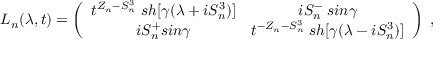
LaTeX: L _ { n } ( \lambda , t ) = \left( \begin{array} { c c } { { t ^ { Z _ { n } - S _ { n } ^ { 3 } } \; s h [ \gamma ( \lambda + i S _ { n } ^ { 3 } ) ] } } & { { i S _ { n } ^ { - } \; s i n \gamma } } \\ { { i S _ { n } ^ { + } s i n \gamma } } & { { t ^ { - Z _ { n } - S _ { n } ^ { 3 } } \; s h [ \gamma ( \lambda - i S _ { n } ^ { 3 } ) ] } } \end{array} \right) \; ,